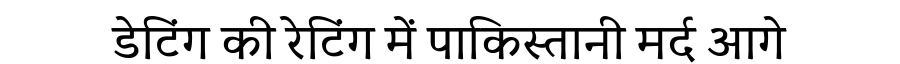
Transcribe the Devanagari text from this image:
डेटिंग की रेटिंग में पाकिस्तानी मर्द आगे